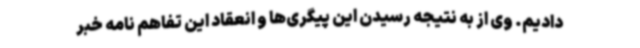
دادیم. وی از به نتیجه رسیدن این پیگری‌ها و انعقاد این تفاهم نامه خبر